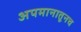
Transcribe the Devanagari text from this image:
अपमानातूनच